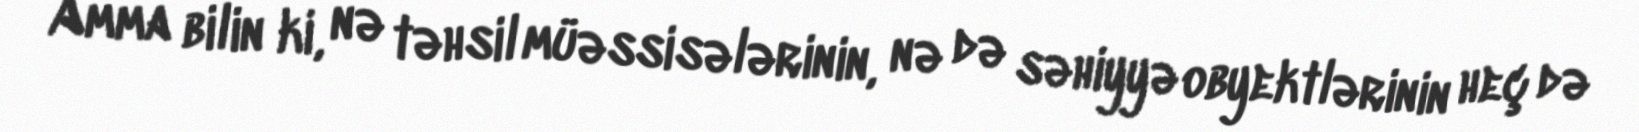
Amma bilin ki, nə təhsil müəssisələrinin, nə də səhiyyə obyektlərinin heç də